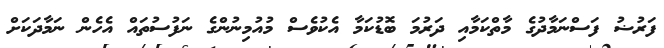
ފަރުޟު ފަސްނަމާދުގެ މާތްކަމާއި ދަރުމަ ބޮޑުކަމާ އެކުވެސް މުއުމިނުންގެ ނަފުސުތައް އެހެން ނަމާދަކަށް